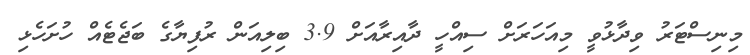
މިނިސްޓަރު ވިދާޅުވީ މިއަހަރަށް ސިއްހީ ދާއިރާއަށް 3.9 ބިލިއަން ރުފިޔާގެ ބަޖެޓެއް ހުށަހެޅި